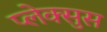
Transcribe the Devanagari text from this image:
प्लेक्सुस